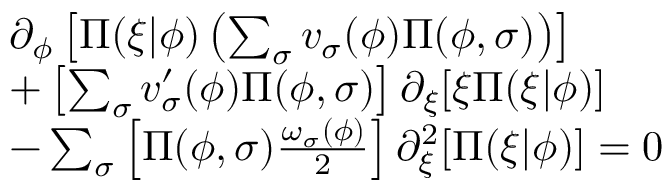
\begin{array} { r l } & { \partial _ { \phi } \left[ \Pi ( \xi \vert \phi ) \left( \sum _ { \sigma } v _ { \sigma } ( \phi ) \Pi ( \phi , \sigma ) \right) \right] } \\ & { + \left[ \sum _ { \sigma } v _ { \sigma } ^ { \prime } ( \phi ) \Pi ( \phi , \sigma ) \right] \partial _ { \xi } [ \xi \Pi ( \xi \vert \phi ) ] } \\ & { - \sum _ { \sigma } \left[ \Pi ( \phi , \sigma ) \frac { \omega _ { \sigma } ( \phi ) } { 2 } \right] \partial _ { \xi } ^ { 2 } [ \Pi ( \xi \vert \phi ) ] = 0 } \end{array}